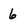
Character: 6